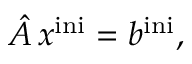
{ \hat { A } } \, { x } ^ { \mathrm { i n i } } = { b } ^ { \mathrm { i n i } } ,